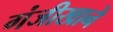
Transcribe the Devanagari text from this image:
गंजीखाने